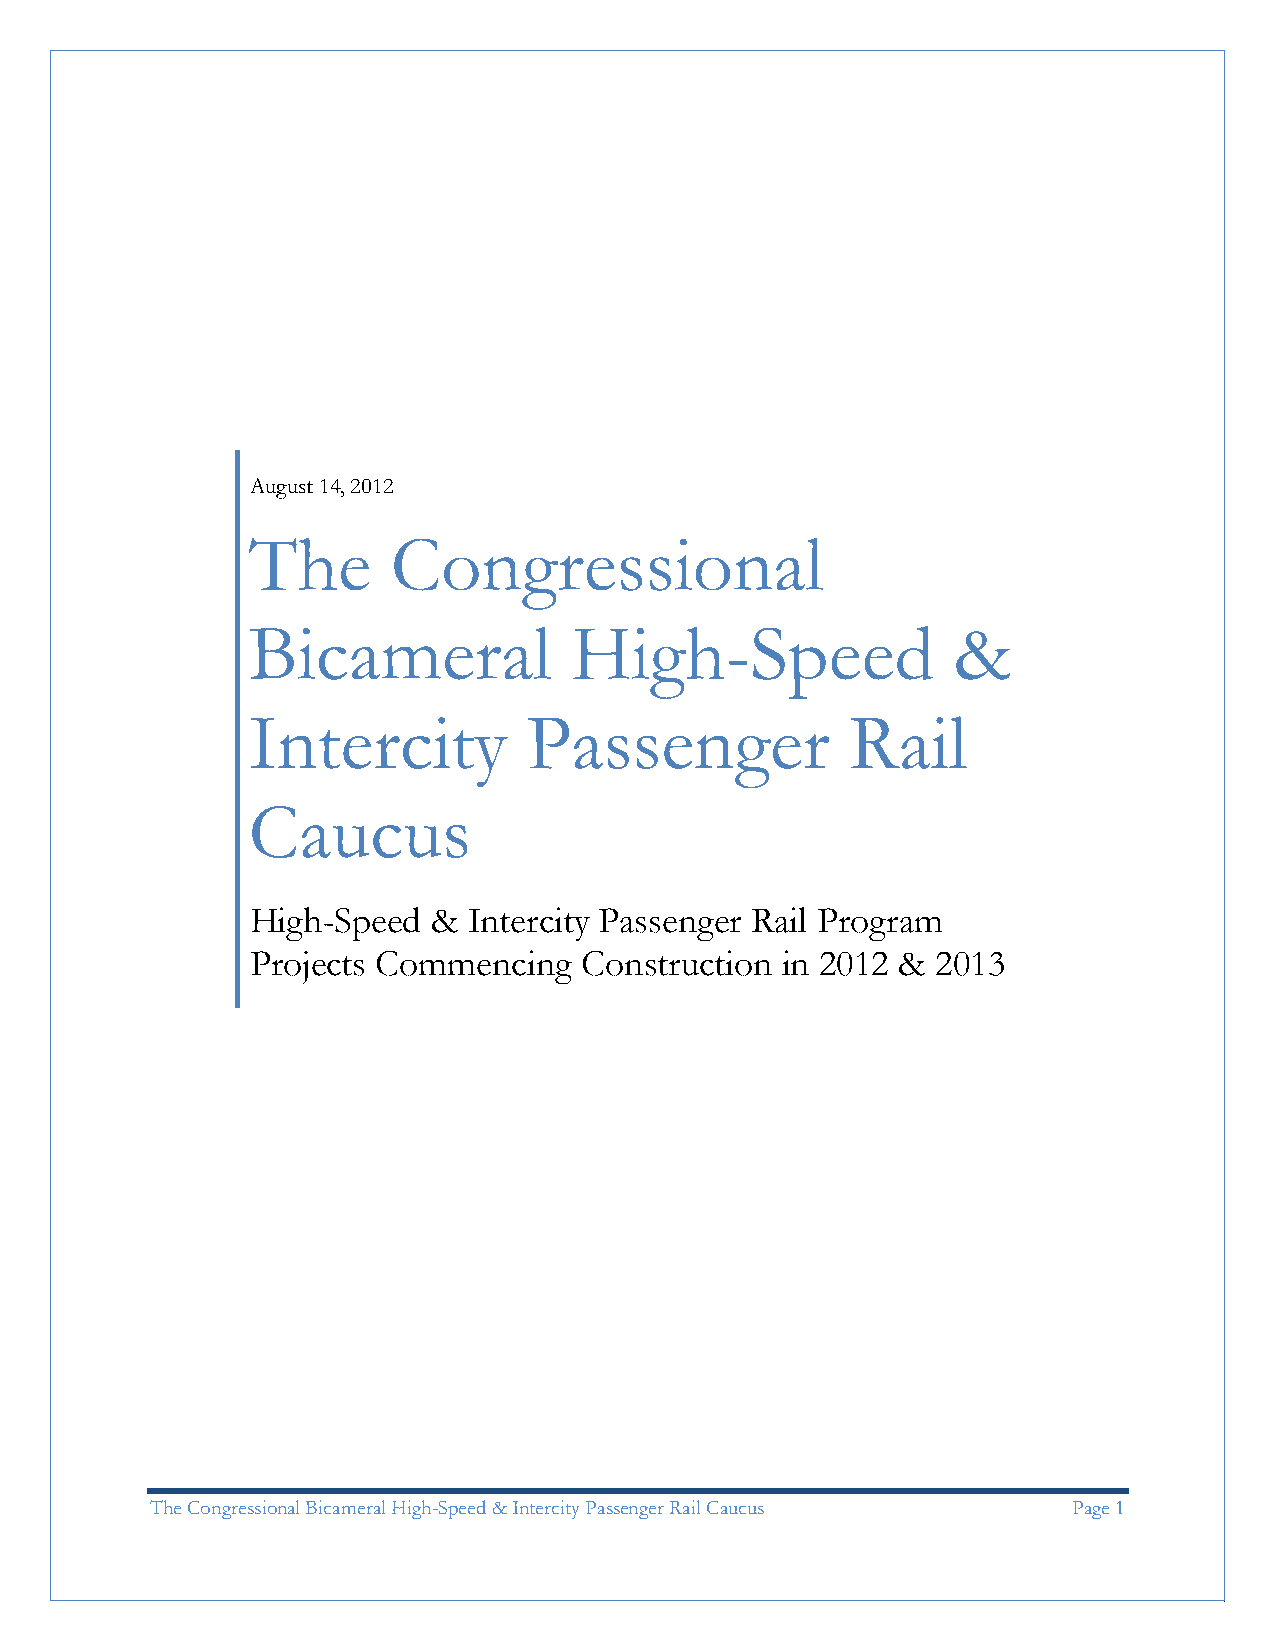
August 14, 2012
 The       Congressional
 Bicameral             High-Speed               &
 Intercity          Passenger            Rail
 Caucus
 High-Speed  & Intercity Passenger Rail Program
 Projects Commencing  Construction  in 2012 & 2013
 The Congressional Bicameral High-Speed & Intercity Passenger Rail Caucus Page 1